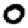
Digit: 0